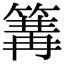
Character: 篝